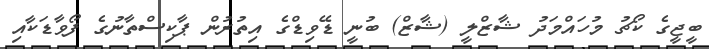
ބީޖީގެ ކޯޗު މުހައްމަދު ޝާޒްލީ (ޝާޒް) ބުނީ ޑޭވިޑްގެ އިތުރުން ޕާކިސްތާނުގެ ފޯވާޑަކާއި